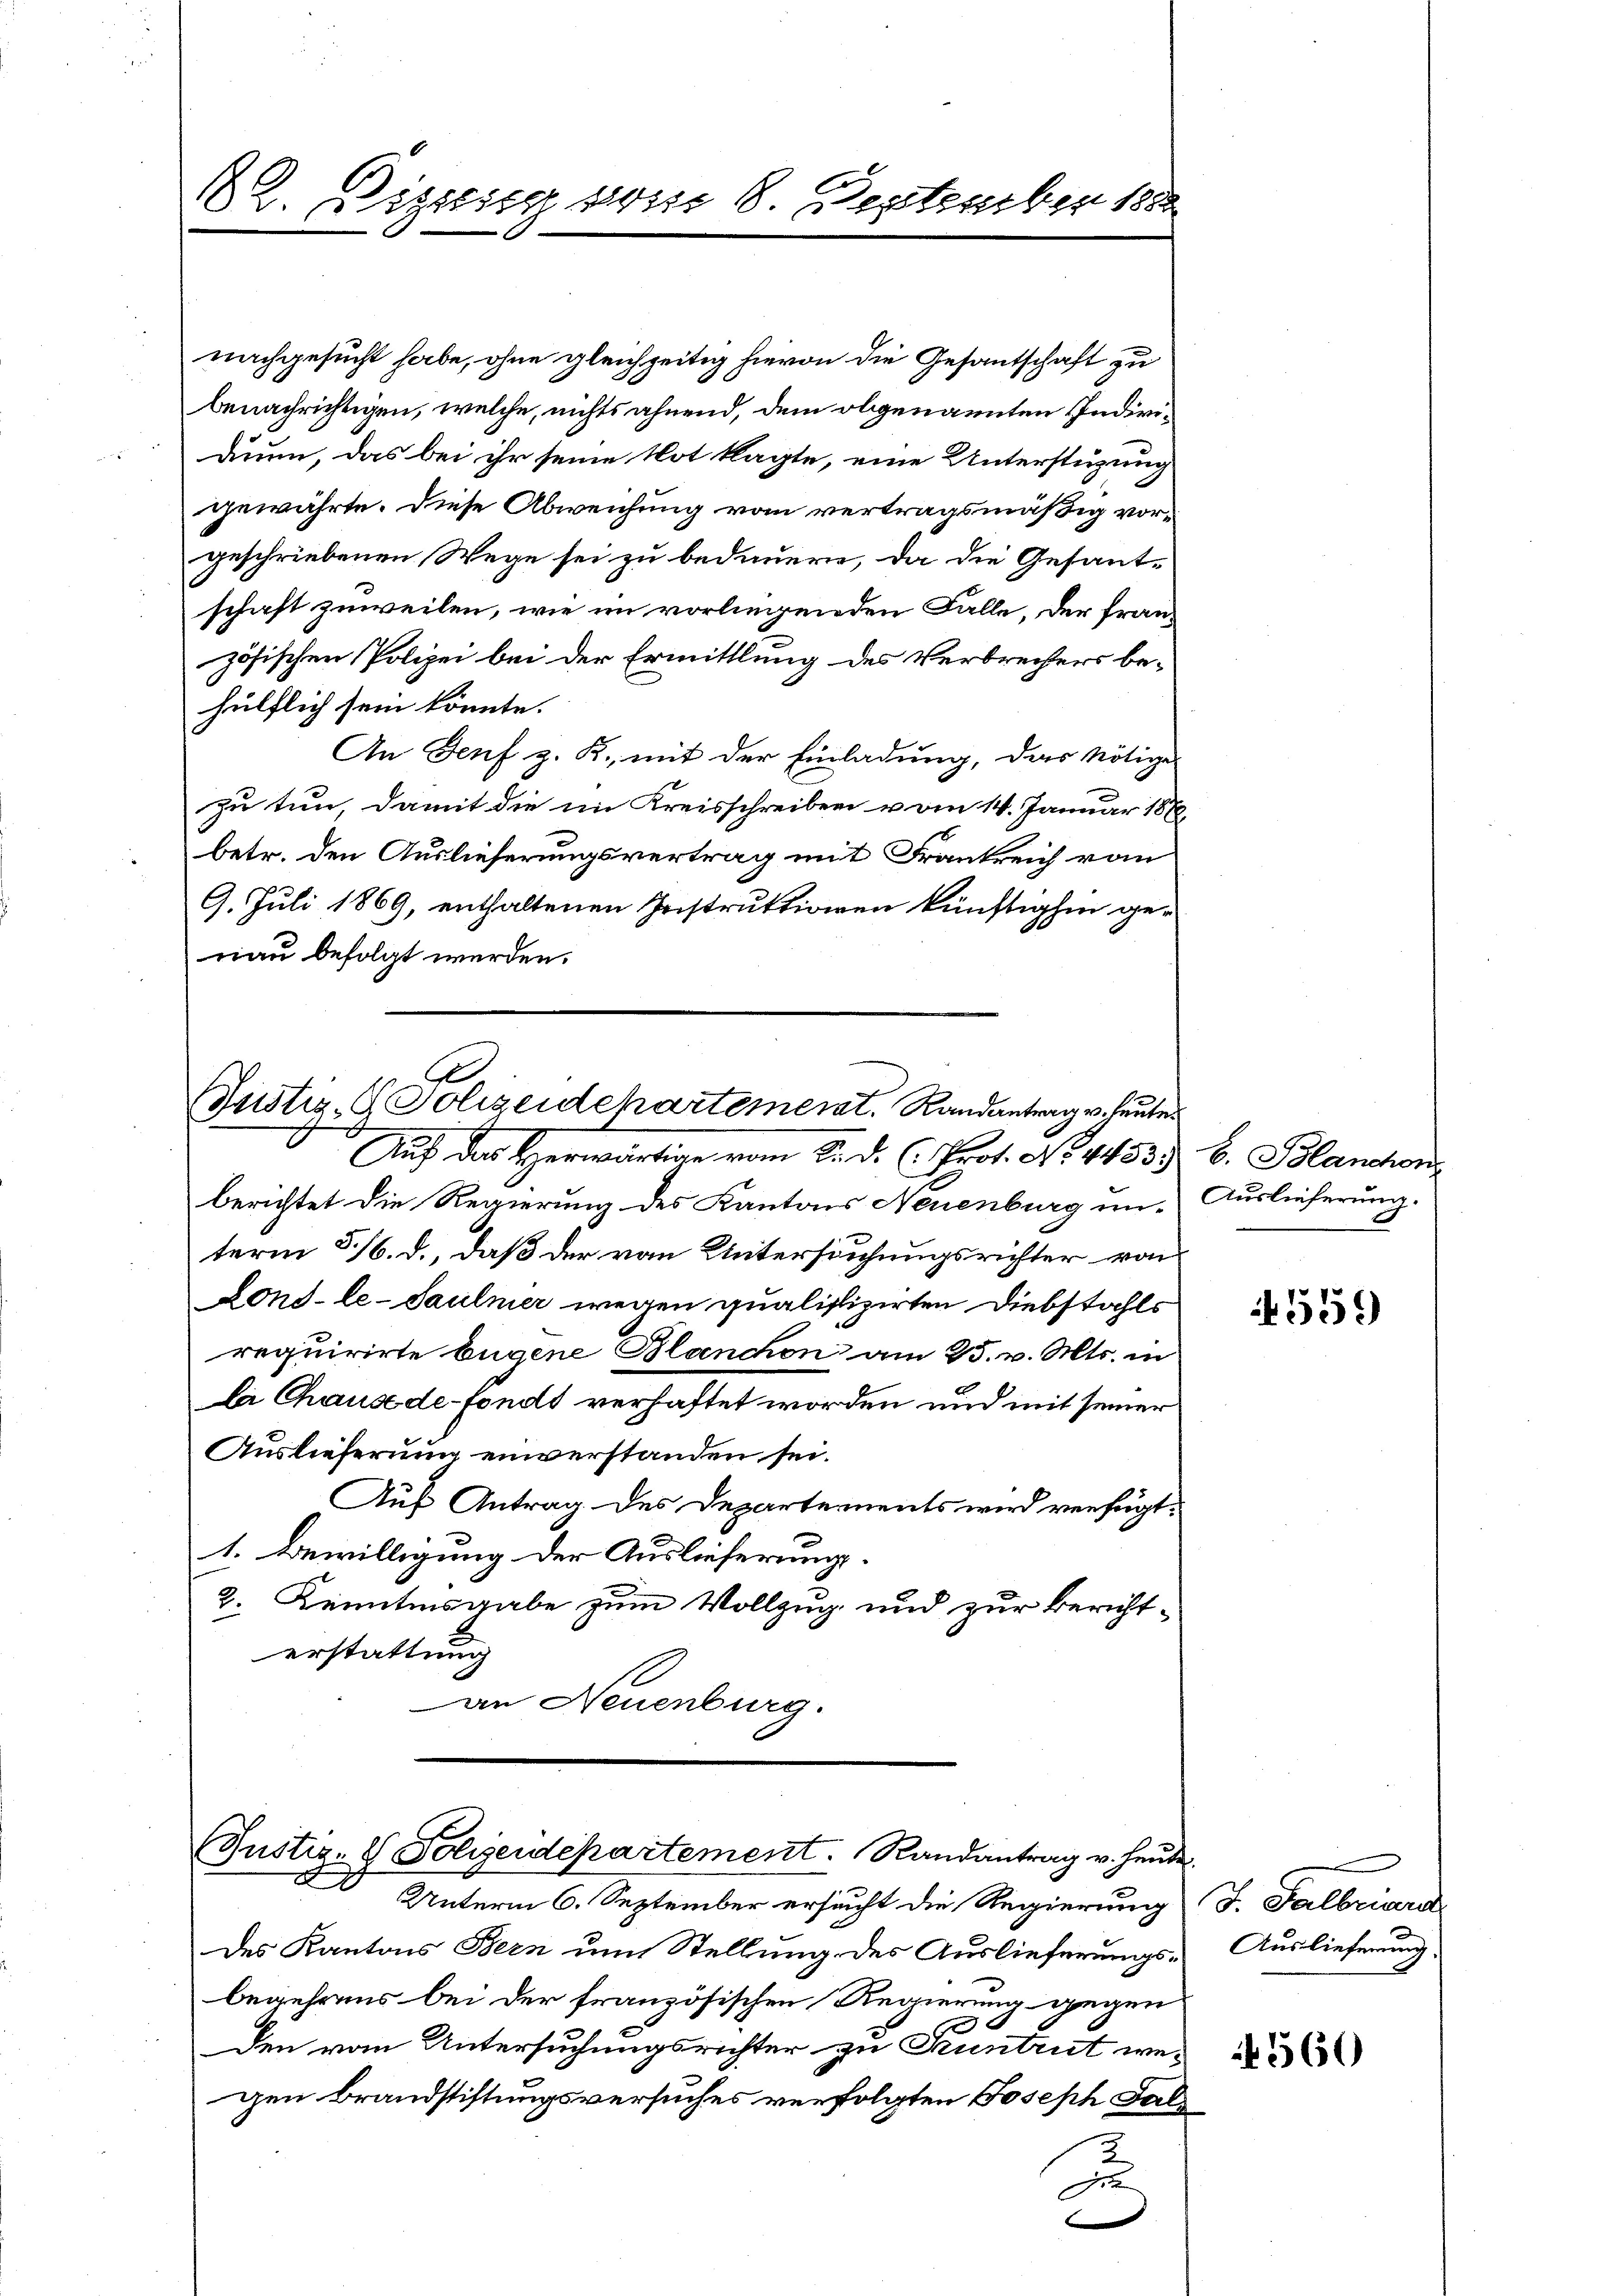
22. Diszig vom 8. September 188

nachgesucht habe, ohne gleichzeitig hievon die Gesantschaft zu
benachrichtigen, welche, nichts ahnend, dem obgenannten Individuum, das bei ihr seine Not klagte, eine Unterstüzung
gewährte. Diese Abweichung vom vertragsmäßig vorgeschriebenen Wege sei zu bedauern, da die Gesantschaft zuweilen, wie im vorliegenden Falle, der franz
zösischen Polizei bei der Ermittlung des Verbrechers be-
hülflich sein könnte.
An Genf z. R. mit der Einladung, das Nötige
zu tun, damit die im Kreisschreiben vom 14. Januar 1882,
betr. den Auslieferungsvertrag mit Frankreich vom
9. Juli 1869, enthaltenen Instruktionen künftighin genau befolgt werden.

E
Justiz- & Polizeidepartement. Randantrag v. heute
Auf das Herwärtige vom 2. d. Prot. No. 44533 b. Blanchon

berichtet die Regierung des Kantons Neuenburg un- Auslieferung.
term 5/6. d., daß der von Untersuchungsrichter von
Lond-le-Saulmer wegen qualifizirten Diebstahls
requirirte Eugene Blanchon am 25. v. Mts. in
li Chause de fonds verhaftet worden und mit seiner
Auslieferung einverstanden sei.
Auf Antrag des Departements wird verfügt:
1. Bewilligung der Auslieferung.
2. Kenntnisgabe zum Vollzug und zur Berichterstattung
an Neuenburg.

(Justiz- & Polizeidepartement. Randantrag v. heute

Unterm 6. September ersucht die Regierung
des Kantons Bern um Stellung des Auslieferungsbegehrens bei der französischen Regierung gegen
den vom Untersuchungsrichter zu Pruntrut wegen Brandstiftungsversuches verfolgten Joseph Sal
2
I
.

559)

J. Salbrier
Auslieferung.
4560